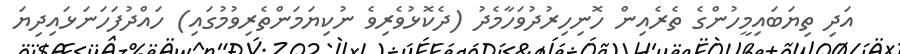
އަދި ތިޔަބައިމީހުންގެ ތެރެއިން ހޮނިހިރުދުވަހާމެދު (ދެކޮޅުވެރިވެ ނުކިޔަމަންތެރިވުމުގައި) ހައްދުފަހަނަޅައިދިޔަ